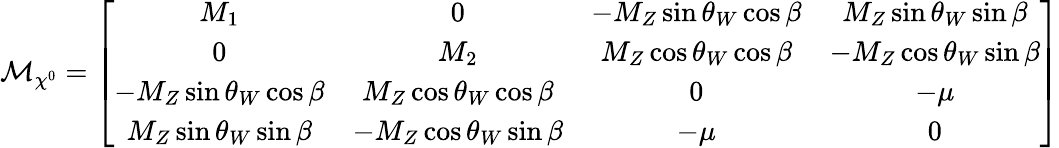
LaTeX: {\cal M}_{\chi^{0}}=\left[\begin{array}{cccc}{{M_{1}}}&{{0}}&{{-M_{Z}\sin\theta_{W}\cos\beta}}&{{M_{Z}\sin\theta_{W}\sin\beta}}\\ {{0}}&{{M_{2}}}&{{M_{Z}\cos\theta_{W}\cos\beta}}&{{-M_{Z}\cos\theta_{W}\sin\beta}}\\ {{-M_{Z}\sin\theta_{W}\cos\beta}}&{{M_{Z}\cos\theta_{W}\cos\beta}}&{{0}}&{{-\mu}}\\ {{M_{Z}\sin\theta_{W}\sin\beta}}&{{-M_{Z}\cos\theta_{W}\sin\beta}}&{{-\mu}}&{{0}}\end{array}\right]